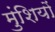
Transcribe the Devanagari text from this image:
मुंशियों